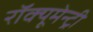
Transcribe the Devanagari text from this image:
रॉक्यूमेन्ट्री